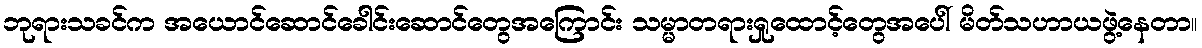
ဘုရားသခင်က အယောင်ဆောင်ခေါင်းဆောင်တွေအကြောင်း သမ္မာတရားရှုထောင့်တွေအပေါ် မိတ်သဟာယဖွဲ့နေတာ။